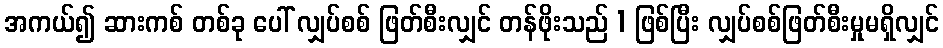
အကယ်၍ ဆားကစ် တစ်ခု ပေါ် လျှပ်စစ် ဖြတ်စီးလျှင် တန်ဖိုးသည် 1 ဖြစ်ပြီး လျှပ်စစ်ဖြတ်စီးမှုမရှိလျှင်